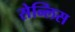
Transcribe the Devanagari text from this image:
सेन्लिस